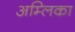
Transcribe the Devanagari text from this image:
अम्लिका